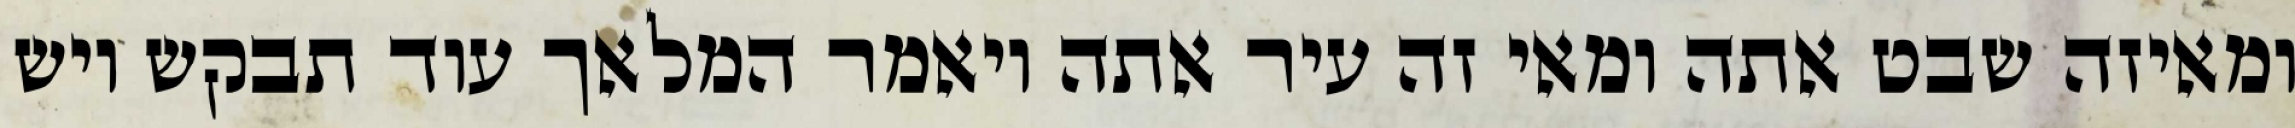
ומאיזה שבט אתה ומאי זה עיר אתה ויאמר המלאך עוד תבקש ויש